Civil Veterinary Dept. Assam report 1911-1927 - 1911-1927
Year: 1911
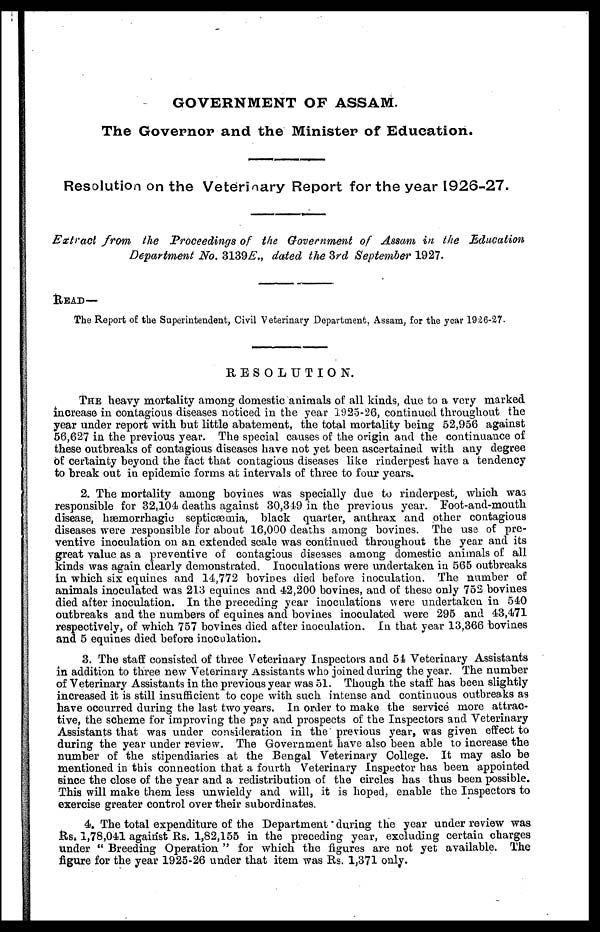
GOVERNMENT OF ASSAM.
The Governor and the Minister of Education.
Resolution on the Veterinary Report for the year 1926-27.
Extract from the Proceedings of the Government of Assam in the Education
Department No. 3139E., dated the 3rd September 1927.
READ—
The Report of the Superintendent, Civil Veterinary Department, Assam, for the year 1926-27.
RESOLUTION.
THE heavy mortality among domestic animals of all kinds, due to a very marked
increase in contagious diseases noticed in the year 1925-26, continued throughout the
year under report with but little abatement, the total mortality being 52,956 against
56,627 in the previous year. The special causes of the origin and the continuance of
these outbreaks of contagious diseases have not yet been ascertained with any degree
of certainty beyond the fact that contagious diseases like rinderpest have a tendency
to break out in epidemic forms at intervals of three to four years.
2. The mortality among bovines was specially due to rinderpest, which wa3
responsible for 32,104 deaths against 30,349 in the previous year. Foot-and-mouth
disease, hæmorrhagic septicæmia, black quarter, anthrax and other contagious
diseases were responsible for about 16,000 deaths among bovines. The use of pre-
ventive inoculation on an extended scale was continued throughout the year and its
great value as a preventive of contagious diseases among domestic animals of all
kinds was again clearly demonstrated. Inoculations were undertaken in 565 outbreaks
in which six equines and 14,772 bovines died before inoculation. The number of
animals inoculated was 213 equines and 42,200 bovines, and of these only 752 bovines
died after inoculation. In the preceding year inoculations were undertaken in 540
outbreaks and the numbers of equines and bovines inoculated were 295 and 43,471
respectively, of which 757 bovines died after inoculation. In that year 13,366 bovines
and 5 equines died before inoculation.
3. The staff consisted of three Veterinary Inspectors and 54 Veterinary Assistants
in addition to three new Veterinary Assistants who joined during the year. The number
of Veterinary Assistants in the previous year was 51. Though the staff has been slightly
increased it is still insufficient to cope with such intense and continuous outbreaks as
have occurred during the last two years. In order to make the service more attrac-
tive, the scheme for improving the pay and prospects of the Inspectors and Veterinary
Assistants that was under consideration in the previous year, was given effect to
during the year under review. The Government have also been able to increase the
number of the stipendiaries at the Bengal Veterinary College. It may aslo be
mentioned in this connection that a fourth Veterinary Inspector has been appointed
since the close of the year and a redistribution of the circles has thus been possible.
This will make them less unwieldy and will, it is hoped, enable the Inspectors to
exercise greater control over their subordinates.
4. The total expenditure of the Department during the year under review was
Rs. 1,78,041 against Rs. 1,82,155 in the preceding year, excluding certain charges
under " Breeding Operation " for which the figures are not yet available. The
figure for the year 1925-26 under that item was Rs. 1,371 only.